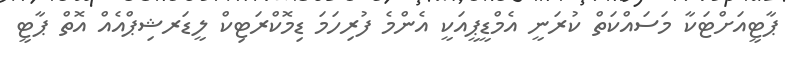
ޕާޓީއަށްޓަކާ މަސައްކަތް ކުރަނީ އެމްޑީޕީއަކީ އެންމެ ފުރިހަމަ ޑިމޮކްރަޓިކް ލީޑަރޝިޕްއެއް އޮތް ޕާޓީ